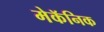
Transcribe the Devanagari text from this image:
मेकॅनिक